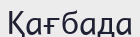
Қағбада